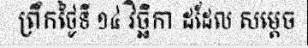
ព្រឹកថ្ងៃទី ១៤ វិច្ឆិកា ដដែល សម្តេច